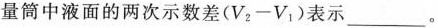
量筒中液面的两次示数差($$V _ { 2 } - V _ { 1 }$$)表示___。